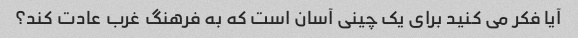
آیا فکر می کنید برای یک چینی آسان است که به فرهنگ غرب عادت کند؟